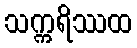
သက္ကရိဿထ